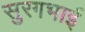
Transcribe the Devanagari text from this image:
सुरगभाई